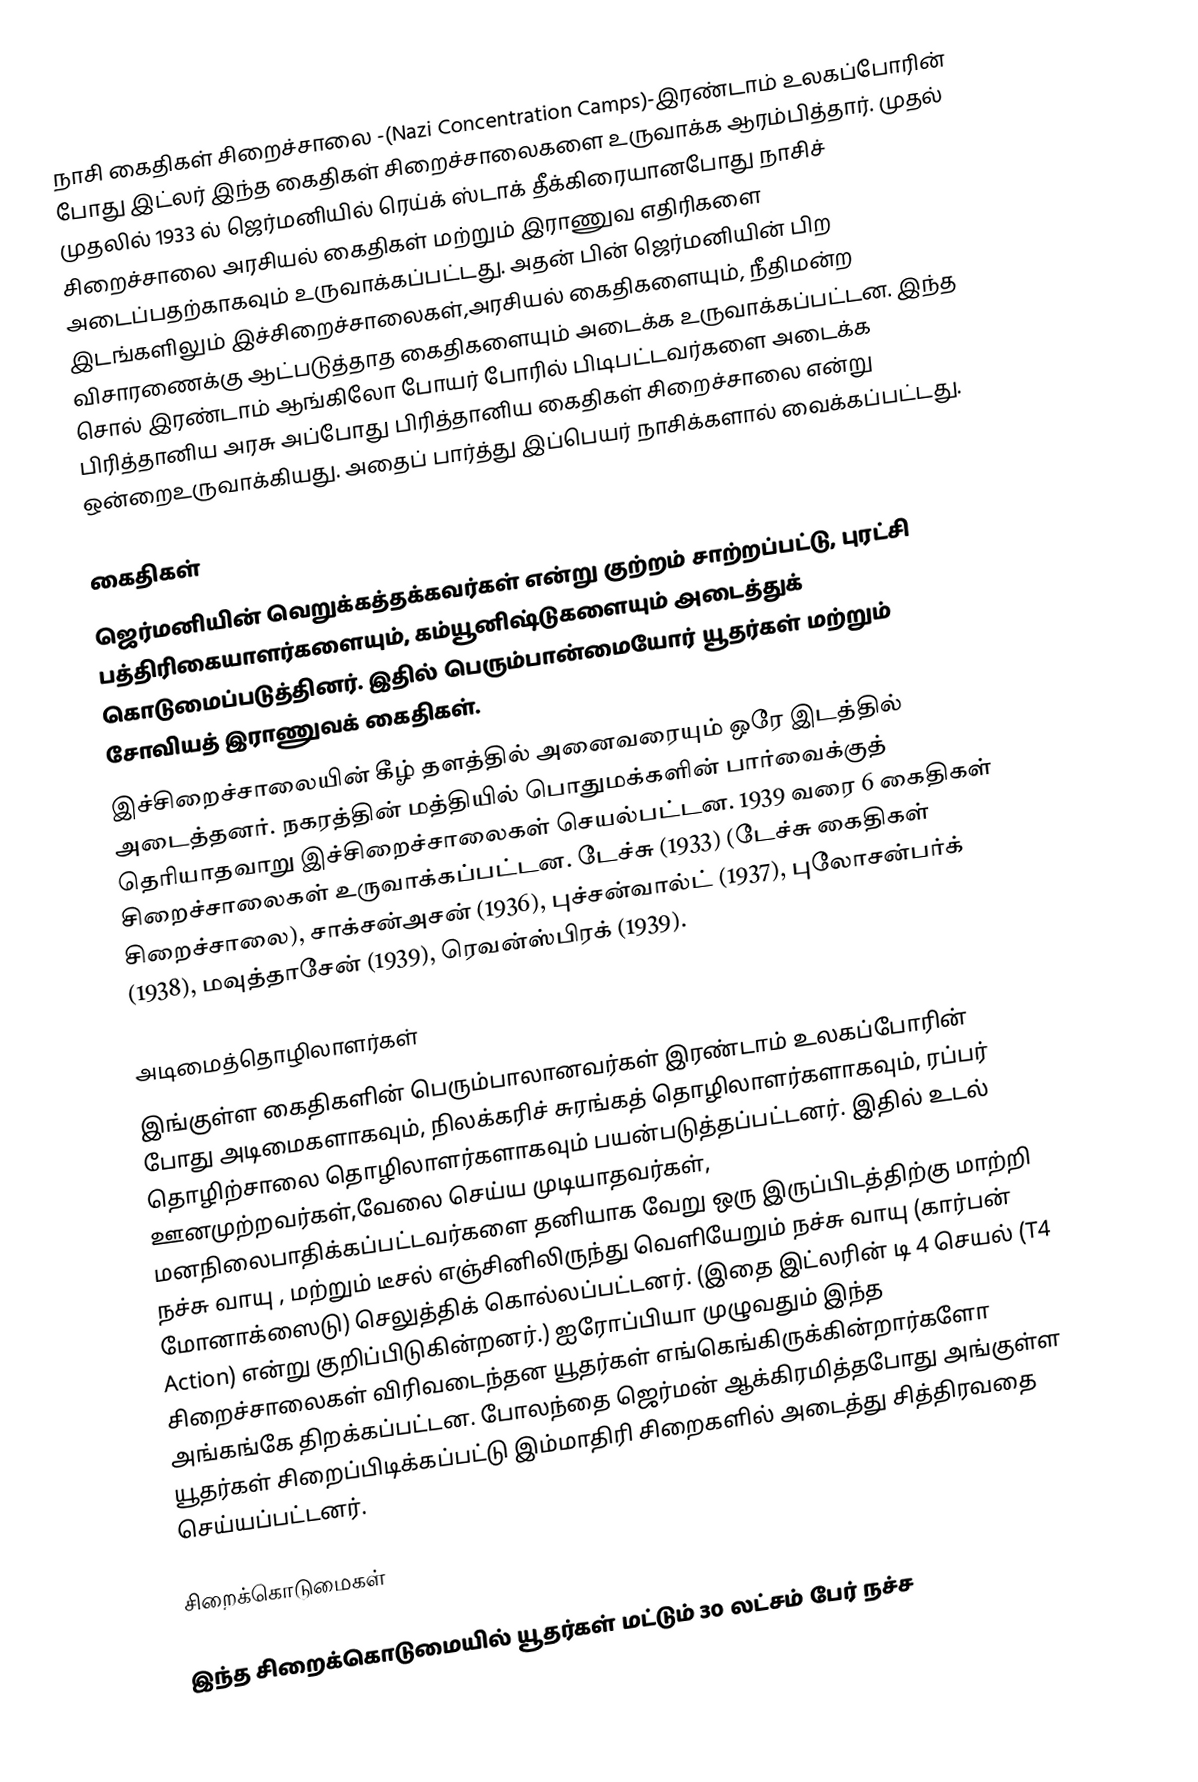
நாசி கைதிகள் சிறைச்சாலை -(Nazi Concentration Camps)-இரண்டாம் உலகப்போரின் போது இட்லர் இந்த கைதிகள் சிறைச்சாலைகளை உருவாக்க ஆரம்பித்தார். முதல் முதலில் 1933 ல் ஜெர்மனியில் ரெய்க் ஸ்டாக் தீக்கிரையானபோது நாசிச் சிறைச்சாலை அரசியல் கைதிகள் மற்றும் இராணுவ எதிரிகளை அடைப்பதற்காகவும் உருவாக்கப்பட்டது. அதன் பின் ஜெர்மனியின் பிற இடங்களிலும் இச்சிறைச்சாலைகள்,அரசியல் கைதிகளையும், நீதிமன்ற விசாரணைக்கு ஆட்படுத்தாத கைதிகளையும் அடைக்க உருவாக்கப்பட்டன. இந்த சொல் இரண்டாம் ஆங்கிலோ போயர் போரில் பிடிபட்டவர்களை அடைக்க பிரித்தானிய அரசு அப்போது பிரித்தானிய கைதிகள் சிறைச்சாலை என்று ஒன்றைஉருவாக்கியது. அதைப் பார்த்து இப்பெயர் நாசிக்களால் வைக்கப்பட்டது.

கைதிகள்
ஜெர்மனியின் வெறுக்கத்தக்கவர்கள் என்று குற்றம் சாற்றப்பட்டு, புரட்சி பத்திரிகையாளர்களையும், கம்யூனிஷ்டுகளையும் அடைத்துக் கொடுமைப்படுத்தினர். இதில் பெரும்பான்மையோர் யூதர்கள் மற்றும் சோவியத் இராணுவக் கைதிகள்.
இச்சிறைச்சாலையின் கீழ் தளத்தில் அனைவரையும் ஒரே இடத்தில் அடைத்தனர். நகரத்தின் மத்தியில் பொதுமக்களின் பார்வைக்குத் தெரியாதவாறு இச்சிறைச்சாலைகள் செயல்பட்டன. 1939 வரை 6 கைதிகள் சிறைச்சாலைகள் உருவாக்கப்பட்டன. டேச்சு (1933) (டேச்சு கைதிகள் சிறைச்சாலை), சாக்சன்அசன் (1936), புச்சன்வால்ட் (1937), புலோசன்பர்க் (1938), மவுத்தாசேன் (1939), ரெவன்ஸ்பிரக் (1939).

அடிமைத்தொழிலாளர்கள்
இங்குள்ள கைதிகளின் பெரும்பாலானவர்கள் இரண்டாம் உலகப்போரின் போது அடிமைகளாகவும், நிலக்கரிச் சுரங்கத் தொழிலாளர்களாகவும், ரப்பர் தொழிற்சாலை தொழிலாளர்களாகவும் பயன்படுத்தப்பட்டனர். இதில் உடல் ஊனமுற்றவர்கள்,வேலை செய்ய முடியாதவர்கள், மனநிலைபாதிக்கப்பட்டவர்களை தனியாக வேறு ஒரு இருப்பிடத்திற்கு மாற்றி நச்சு வாயு , மற்றும் டீசல் எஞ்சினிலிருந்து வெளியேறும் நச்சு வாயு (கார்பன் மோனாக்ஸைடு) செலுத்திக் கொல்லப்பட்டனர். (இதை இட்லரின் டி 4 செயல் (T4 Action) என்று குறிப்பிடுகின்றனர்.) ஐரோப்பியா முழுவதும் இந்த சிறைச்சாலைகள் விரிவடைந்தன யூதர்கள் எங்கெங்கிருக்கின்றார்களோ அங்கங்கே திறக்கப்பட்டன. போலந்தை ஜெர்மன் ஆக்கிரமித்தபோது அங்குள்ள யூதர்கள் சிறைப்பிடிக்கப்பட்டு இம்மாதிரி சிறைகளில் அடைத்து சித்திரவதை செய்யப்பட்டனர்.

சிறைக்கொடுமைகள்

இந்த சிறைக்கொடுமையில் யூதர்கள் மட்டும் 30 லட்சம் பேர் நச்ச